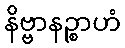
နိဗ္ဗာနဉ္စာဟံ